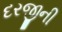
દરજીની